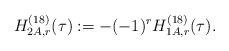
LaTeX: \begin{align*}H^{(18)}_{2A,r}(\tau):=-(-1)^rH^{(18)}_{1A,r}(\tau).\end{align*}